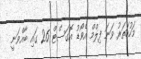
މަހުހަތަރު ވަނަ ފިލްމް އެވޯޑު އޮގަސްޓް 26 ގައި ބާއްވަނީ